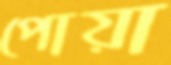
পোয়া